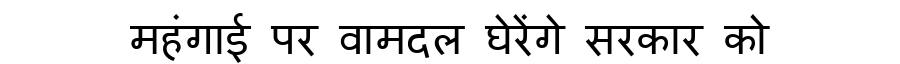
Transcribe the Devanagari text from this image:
महंगाई पर वामदल घेरेंगे सरकार को